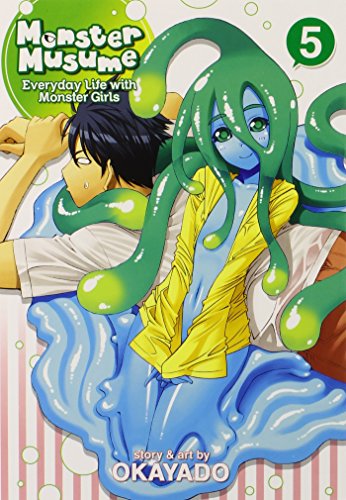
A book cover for Monster Musume Vol. 5; OKAYADO; Comics & Graphic Novels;